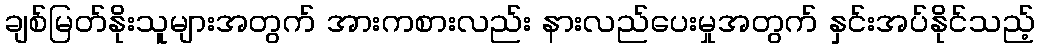
ချစ်မြတ်နိုးသူများအတွက် အားကစားလည်း နားလည်ပေးမှုအတွက် နှင်းအပ်နိုင်သည့်